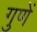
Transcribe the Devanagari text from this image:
गुणें